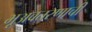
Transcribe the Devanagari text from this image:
भूअवतरणाची